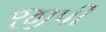
જીપી